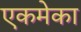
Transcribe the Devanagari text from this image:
एकमेका